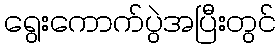
ရွေးကောက်ပွဲအပြီးတွင်